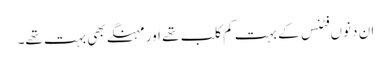
ان دنوں فٹنس کے بہت کم کلب تھے اور مہنگے بھی بہت تھے۔